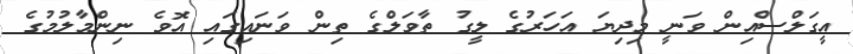
އީގަލްސްއިން ވަނީ މިދިޔަ އަހަރުގެ ލީގު ތާވަލްގެ ތިން ވަނައިގައި އޮވެ ނިންމާލުމުގެ